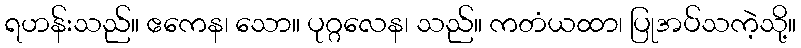
ရဟန်းသည်။ ဧကေန၊ သော။ ပုဂ္ဂလေန၊ သည်။ ကတံယထာ၊ ပြုအပ်သကဲ့သို့။